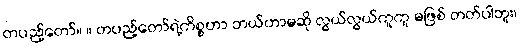
တပည့်တော်။ ။ တပည့်တော်ရဲ့ကိစ္စဟာ ဘယ်ဟာမဆို လွယ်လွယ်ကူကူ မဖြစ် တတ်ပါဘူး၊